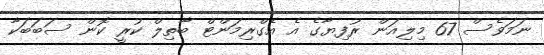
ނަމަވެސް 67 މިލިއަން ރުފިޔާގެ އެ އެގްރިމަންޓް ބާތިލް ކުރީ ކޮން ސަބަބަކާ